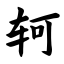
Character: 轲